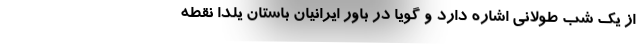
از یک شب طولانی اشاره دارد و گویا در باور ایرانیان باستان یلدا نقطه